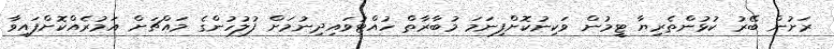
ރަށުން ބޭރު ކުޅުންތެރިޔާ ޓީމުން ވަކިނުކޮށްފިނަމަ މުބާރާތް ހުއްޓުވައިދިނުމަށް ފުލުހުންގެ މައްޗަށް އަމުރެއްކޮށްފައިވާ